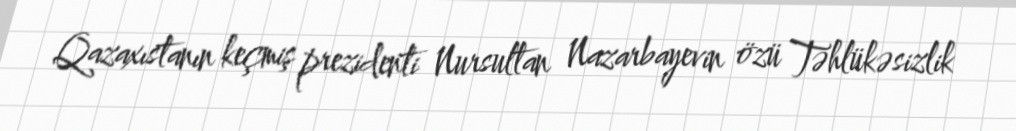
Qazaxıstanın keçmiş prezidenti Nursultan Nazarbayevin özü Təhlükəsizlik